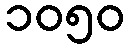
၁၀၅၀